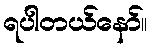
ရပါတယ်နော်။